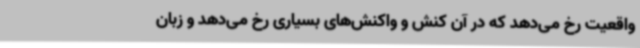
واقعیت رخ می‌دهد که در آن کنش و واکنش‌های بسیاری رخ می‌دهد و زبان